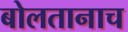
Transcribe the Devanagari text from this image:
बोलतानाच